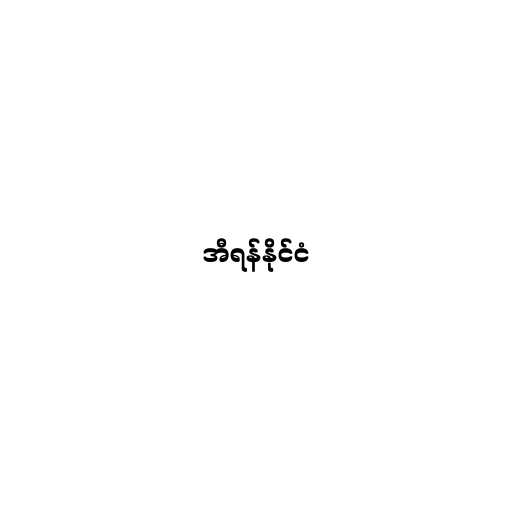
အီရန်နိုင်ငံ